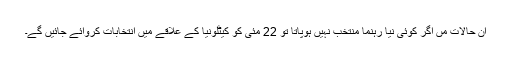
ان حالات مں اگر کوئی نیا رہنما منتخب نہیں ہوپاتا تو 22 مئی کو کیٹلونیا کے علاقے میں انتخابات کروائے جائیں گے۔